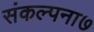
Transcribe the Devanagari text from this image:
संकल्पना७